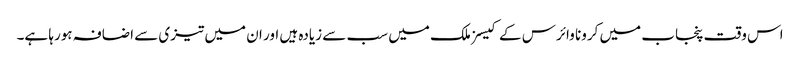
اس وقت پنجاب میں کرونا وائرس کے کیسز ملک میں سب سے زیادہ ہیں اور ان میں تیزی سے اضافہ ہورہا ہے۔